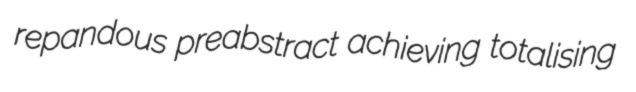
repandous preabstract achieving totalising